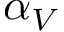
\alpha _ { V }